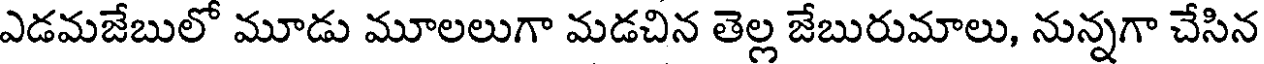
ఎడమజేబులో మూడు మూలలుగా మడచిన తెల్ల జేబురుమాలు, నున్నగా చేసిన